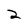
Character: 2